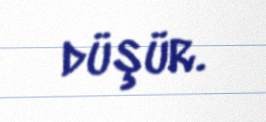
düşür.